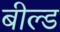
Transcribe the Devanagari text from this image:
बील्ड